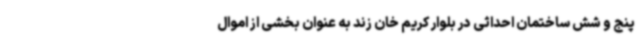
پنج و شش ساختمان احداثی در بلوار کریم خان زند به عنوان بخشی از اموال